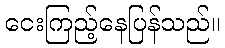
ငေးကြည့်နေပြန်သည်။